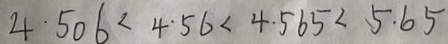
4 . 5 0 6 < 4 . 5 6 < 4 . 5 6 5 < 5 . 6 5